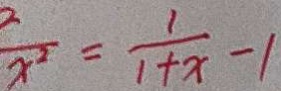
\frac { 2 } { x ^ { 2 } } = \frac { 1 } { 1 + x } - 1